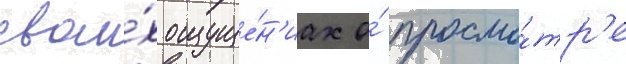
свои́х ощуще́н'иах о́ просмо́тр'е